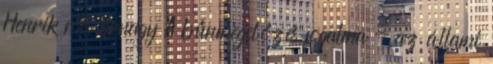
Henrik r. őrnagy A bűnmegelőzés fogalma - az állami